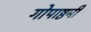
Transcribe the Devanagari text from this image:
गोपाष्ठमी